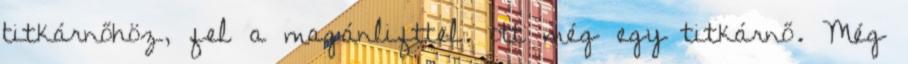
titkárnőhöz, fel a magánlifttel. ott még egy titkárnő. Még